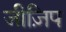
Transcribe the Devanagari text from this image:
जीज़िप